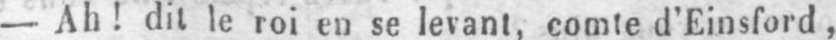
- Ah! dit le roi en se levant, comte d’Einsford,